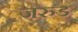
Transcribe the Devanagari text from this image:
जरुड